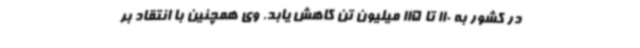
در کشور به 110 تا 115 میلیون تن کاهش یابد. وی همچنین با انتقاد بر